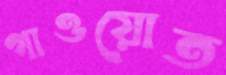
গাওয়োত